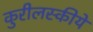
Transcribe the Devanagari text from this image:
कुरीलस्कीये